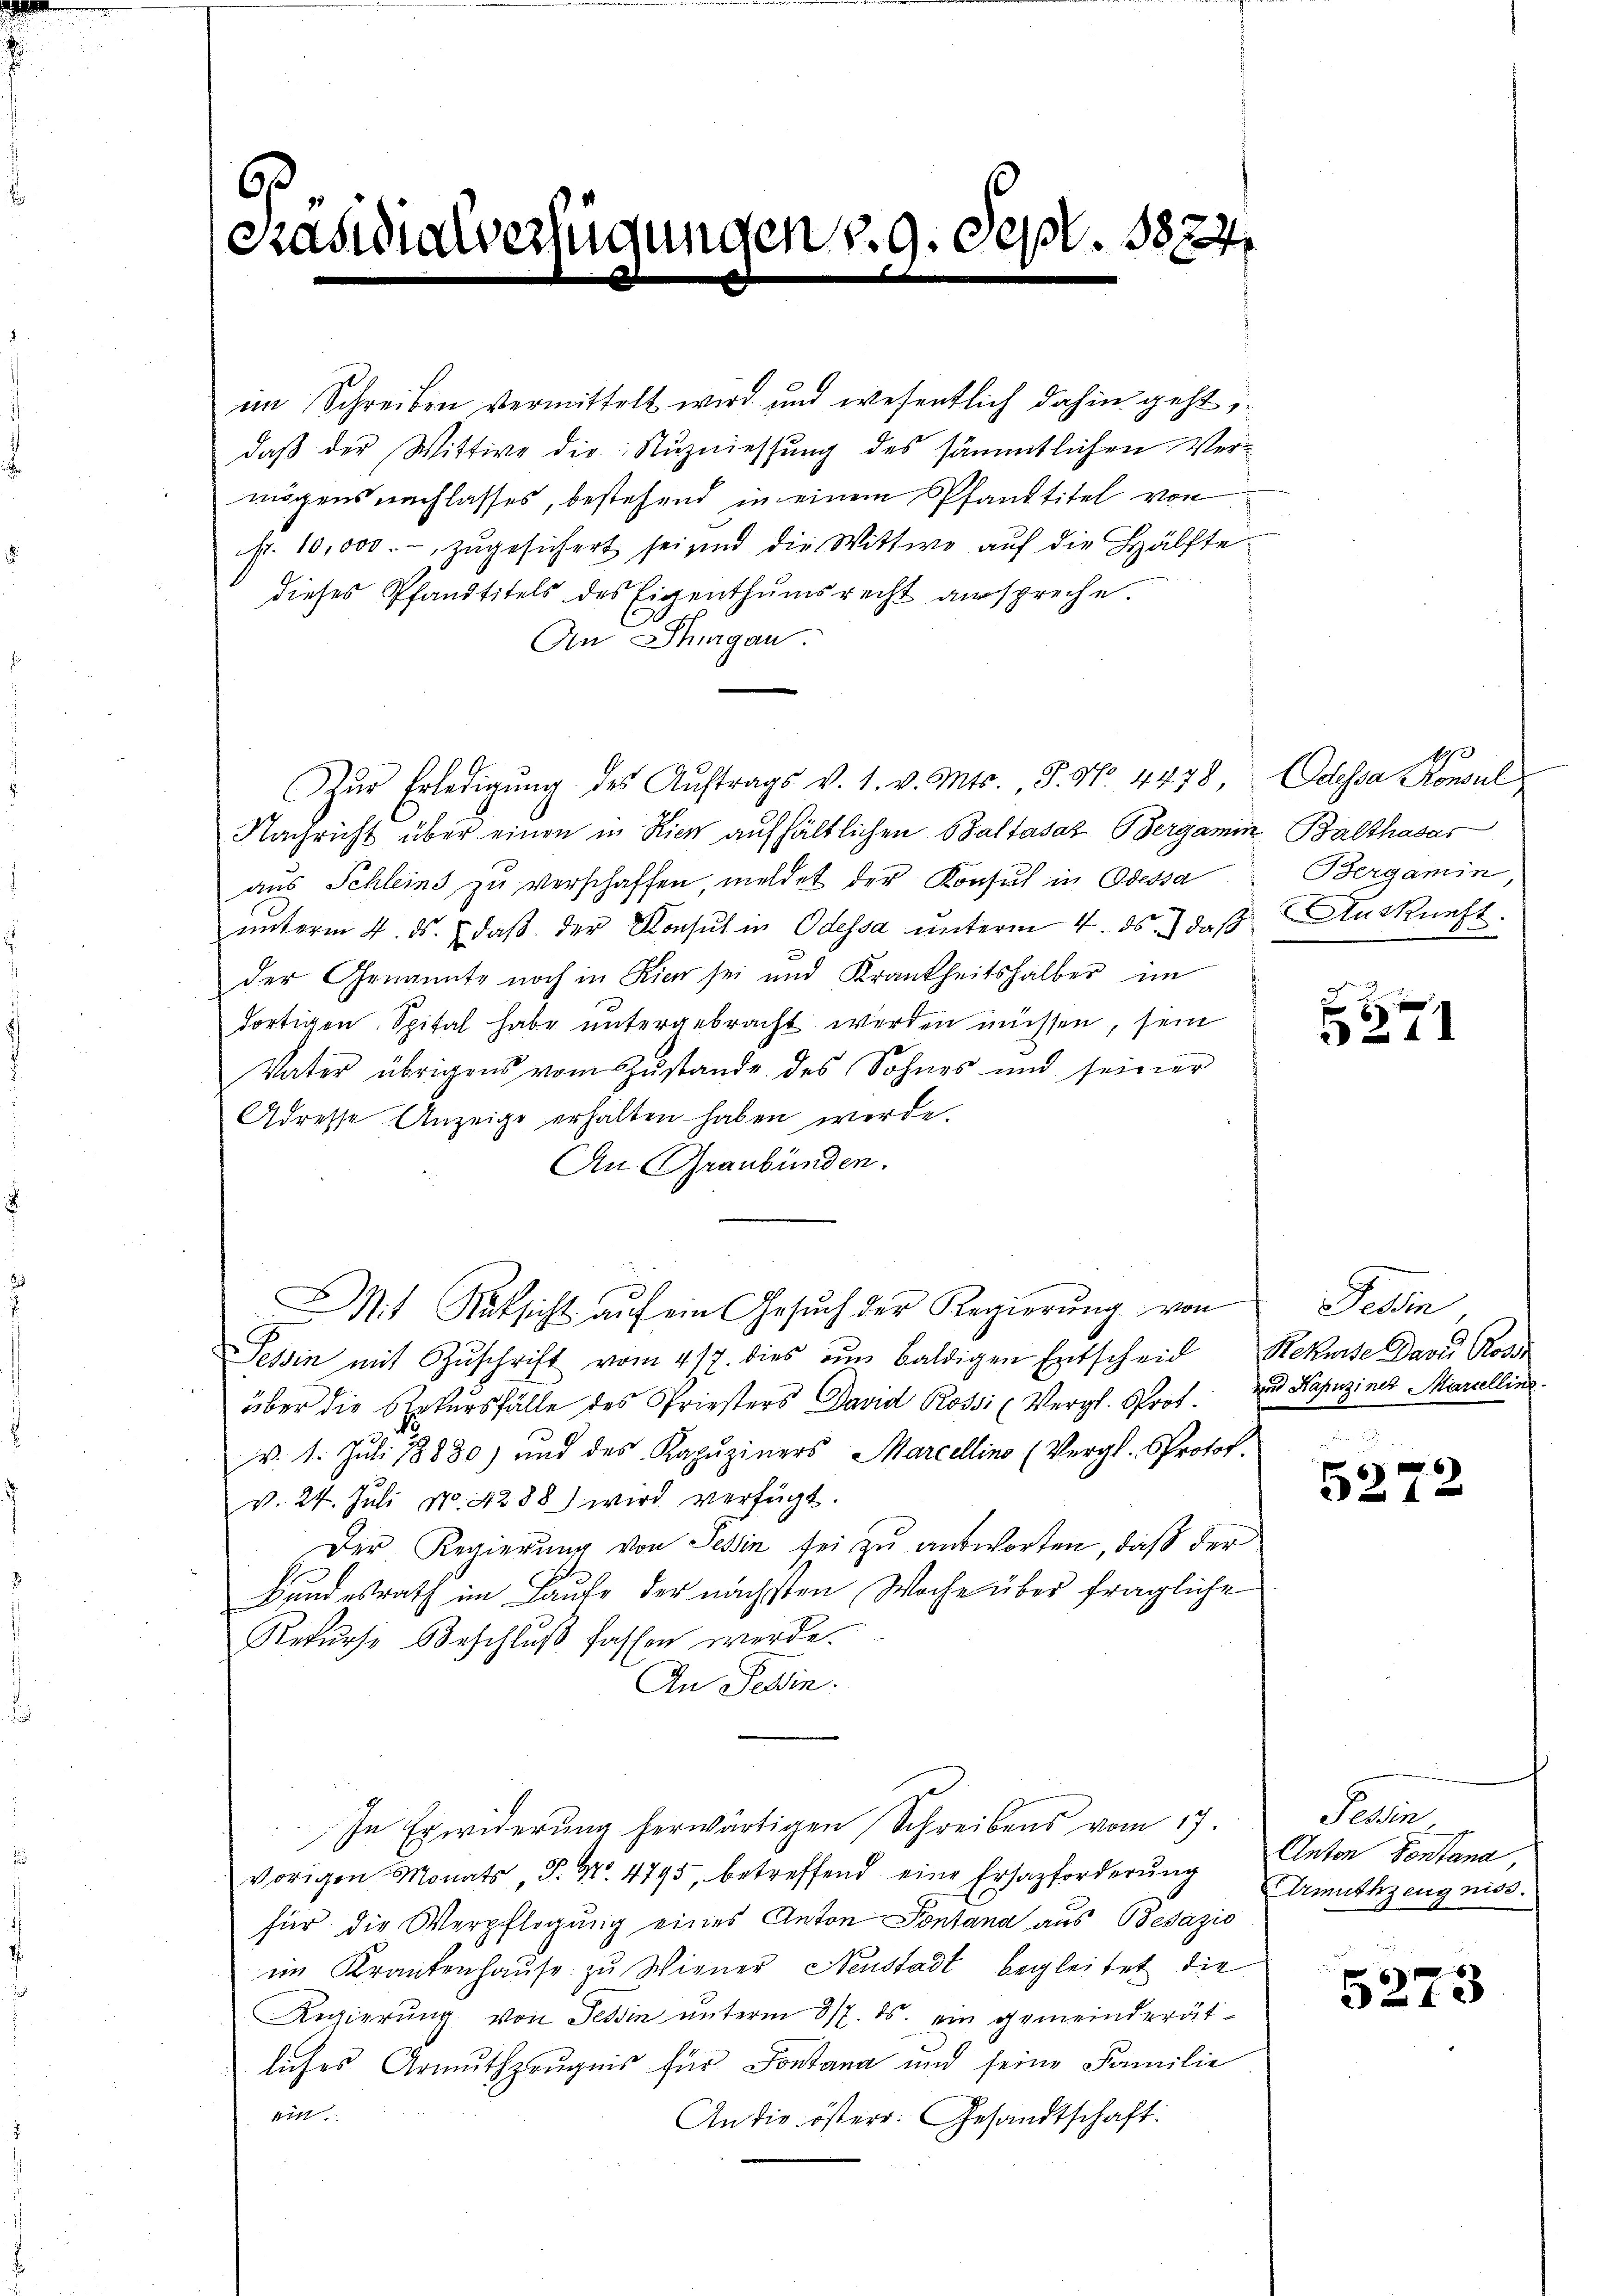
Präsidialverfügungen v. 9. Sept. 1824.

im Schreiben vermittelt wird und wesentlich dahin geht,
daß der Wittwe die Nuzniessung des sämmtlichen Vermögens nachlasses, bestehend in einem Pfandtitel von
fr. 10,000.-, zugesichert sei und die Wittwe auf die Hälfte
dieses Pfandtitels des Eigenthŭmsrecht ausspreche.
An Thurgau.
Zŭr Erledigŭng des Aŭftrags v. 1. v. Mts., S. No 4478 Odessa Konsul
Nachricht über einen in Rich aufhältlichen Baltasaz Bergamin, Balthasar
aus Schleins zu verschaffen, meldet der Konsul in Odessa
ŭnterm 4. ds. daβ der Konsul in Odessa unterm 4. ds. daß Auskünft
der Genannte noch in Kien sei und Krankheitshalber im
dortigen Spital habe untergebracht werden müssen, sein
Vater übrigens vom Zustande des Sohnes und seiner
Adresse Anzeige erhalten haben werde.
An Graubünden.
MMit Rüksicht aŭf ein Gesŭch der Regierŭng von
Tessin mit Zŭschrift vom 417. dies am baldigen Entscheid Rekurse Dazu Ross
über die Rekŭrsfälle des Priesters David Rossi (Vergl. Sprot.
v. 1. Juli 18830) und des Kapŭziners Marcellino (Vergl. Protok
v. 24. Juli N. 4288) wird verfügt.
Der Regierung von Tessin sei zu antworten, daß der
Bundesrath im Laufe der nächsten Woche über fragliche
Rekurse Beschluß fassen werde.
An Perin.
In Erwiderung herwärtigen Schreibens vom 17.
vorigen Monats, S. Nr. 4795, betreffend eine Ersatzforderŭng
für die Verpflegung eines Anton Pontana aus Besazio
im Krankenhause zu Wiener Neustadt begleitet die
Regierŭng von Tessin ŭnterm 317. ds. ein gemeinderät-
liches Armuthzeugnis für Sontana und seine Familie
111
An die österr. Gesandtschaft:

Bergamin,

37

Feldin
und Kapuziner Marcellinz

5272

Pellin
Anton Sontana,
Armuthzeugniss.

8
3273